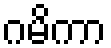
ဂမိကာ